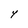
Character: Y